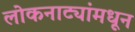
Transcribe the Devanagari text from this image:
लोकनाट्यांमधून